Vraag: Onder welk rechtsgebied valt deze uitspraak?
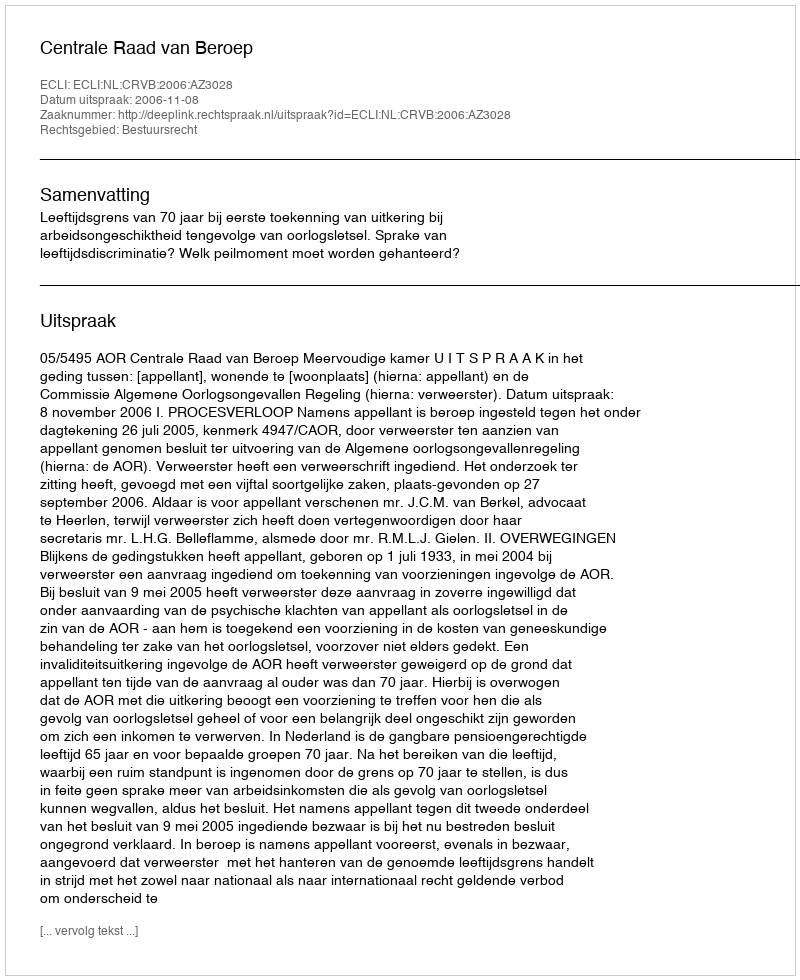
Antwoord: Bestuursrecht